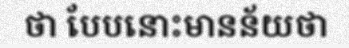
ថា បែបនោះមានន័យថា